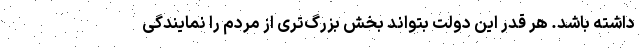
داشته باشد. هر قدر این دولت بتواند بخش بزرگ‌تری از مردم را نمایندگی